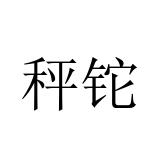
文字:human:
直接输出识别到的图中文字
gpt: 秤铊